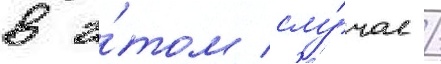
в э́том слу́чае /